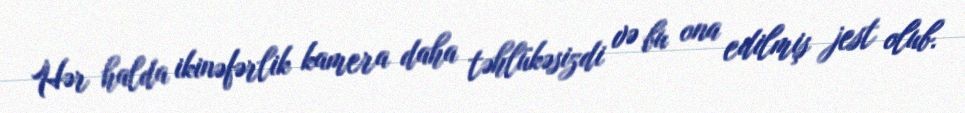
Hər halda ikinəfərlik kamera daha təhlükəsizdi və bu ona edilmiş jest olub.